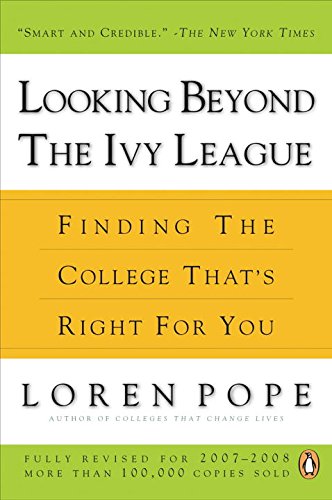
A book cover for Looking Beyond the Ivy League: Finding the College That's Right for You; Loren Pope; Education & Teaching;